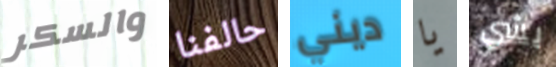
والسكر حالفنا ديني يا بشي